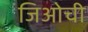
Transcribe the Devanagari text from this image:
जिओची